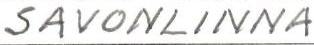
SAVONLINNA